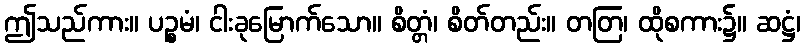
ဤသည်ကား။ ပဉ္စမံ၊ ငါးခုမြောက်သော။ စိတ္တံ၊ စိတ်တည်း။ တတြ၊ ထိုစကား၌။ ဆဋ္ဌံ၊